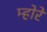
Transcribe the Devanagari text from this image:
म्होरे